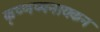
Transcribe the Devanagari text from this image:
कृष्णप्पनायकन